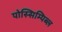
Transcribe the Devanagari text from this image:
पोस्सिम्पिब्ल